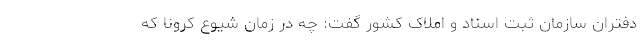
دفتران سازمان ثبت اسناد و املاک کشور گفت: چه در زمان شیوع کرونا که